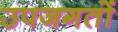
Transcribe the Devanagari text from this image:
उपजगतों